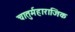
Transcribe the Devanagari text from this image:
चातुर्महाराजिक